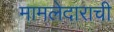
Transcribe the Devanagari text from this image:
मामलेदाराची